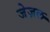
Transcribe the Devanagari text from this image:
जेज़ल